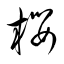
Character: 桜